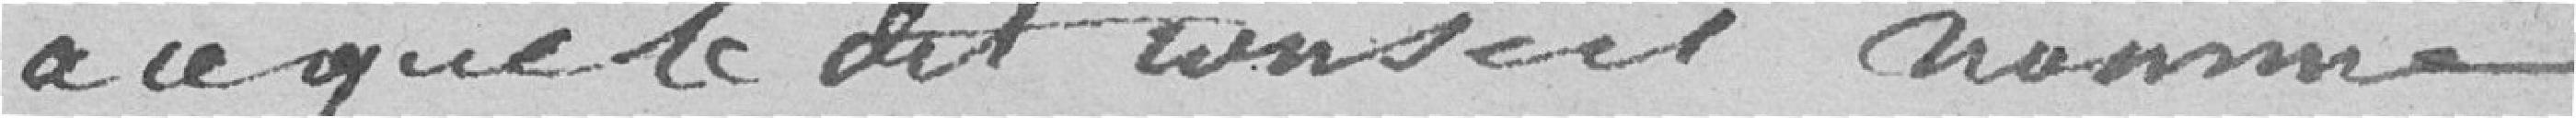
à ce que le dit conseil nomme